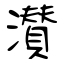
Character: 濽